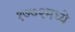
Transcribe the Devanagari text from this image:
१७७२मध्ये